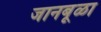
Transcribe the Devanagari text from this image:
जानबूळा